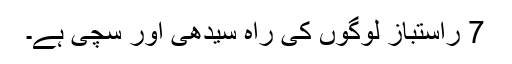
7 راستباز لوگوں کی راہ سیدھی اور سچی ہے۔